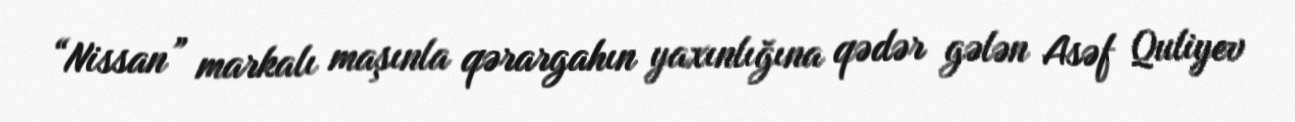
“Nissan” markalı maşınla qərargahın yaxınlığına qədər gələn Asəf Quliyev